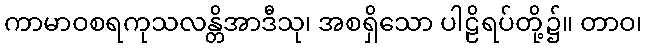
ကာမာဝစရကုသလန္တိအာဒီသု၊ အစရှိသော ပါဠိရပ်တို့၌။ တာဝ၊